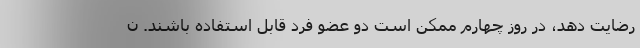
رضایت دهد، در روز چهارم ممکن است دو عضو فرد قابل استفاده باشند. ن